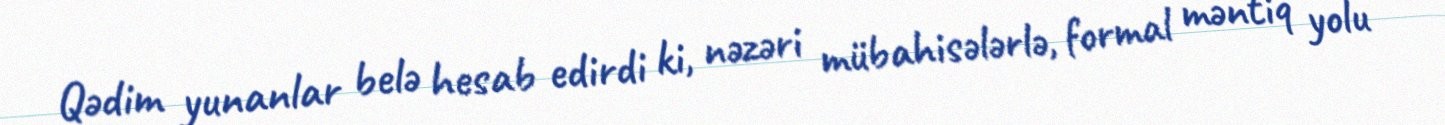
Qədim yunanlar belə hesab edirdi ki, nəzəri mübahisələrlə, formal məntiq yolu